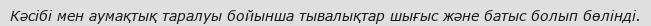
Кәсібі мен аумақтық таралуы бойынша тывалықтар шығыс және батыс болып бөлінді.